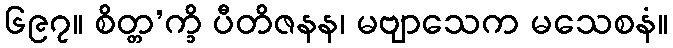
၆၉၇။ စိတ္တ’က္ခိ ပီတိဇနန၊ မဗျာသေက မသေစနံ။